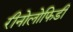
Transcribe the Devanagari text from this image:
रीनोलोफिडी